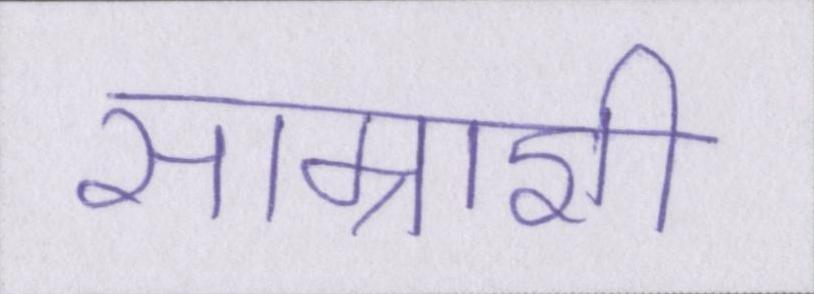
साम्राज्ञी